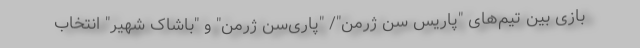
بازی بین تیم‌های "پاریس سن ژرمن"/ "پاری‌سن ژرمن" و "باشاک شهیر" انتخاب